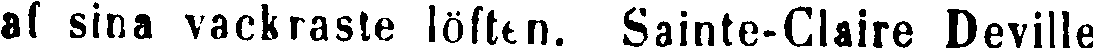
af sina vackraste löften. Sainte-Claire Deville